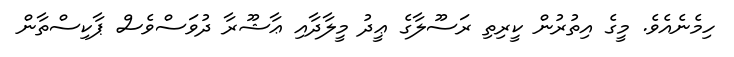
ހިމެނެއެވެ. މީގެ އިތުރުން ކީރިތި ރަސޫލާގެ ޢީދު މީލާދާއި ޢާޝޫރާ ދުވަސްވެސް ޕާކިސްތާން